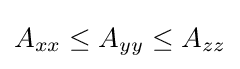
A_{xx}\leq A_{yy}\leq A_{zz}